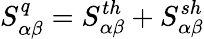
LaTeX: S_{\alpha\beta}^{q}=S_{\alpha\beta}^{th}+S_{\alpha\beta}^{sh}